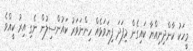
މީހަކު ކާންދިނިއްޔާ ކައިގެން މިފަދަ ފިޔަވަޅެއް ހިންނަވަރު ކައުންސިލުން ނެގި އިރު ކީއްވެ